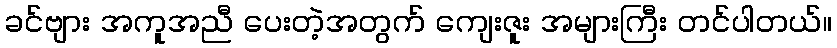
ခင်ဗျား အကူအညီ ပေးတဲ့အတွက် ကျေးဇူး အများကြီး တင်ပါတယ်။